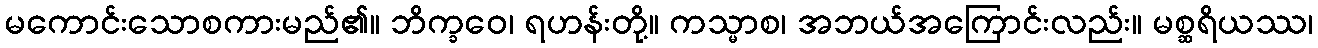
မကောင်းသောစကားမည်၏။ ဘိက္ခဝေ၊ ရဟန်းတို့။ ကသ္မာစ၊ အဘယ်အကြောင်းလည်း။ မစ္ဆရိယဿ၊